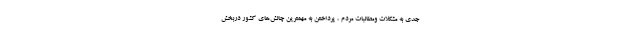
جدی به مشکلات ومطالبات مردم ، پرداختن به مهمترین چالش‌های کشور دربخش